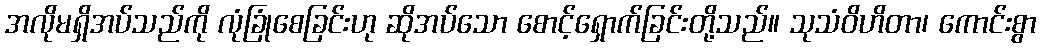
အလိုမရှိအပ်သည်ကို လုံခြုံစေခြင်းဟု ဆိုအပ်သော စောင့်ရှောက်ခြင်းတို့သည်။ သုသံဝိဟိတာ၊ ကောင်းစွာ